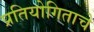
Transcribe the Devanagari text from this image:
प्रतियोगिताचे